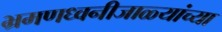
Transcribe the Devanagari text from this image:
भ्रमणध्वनीजाळ्यांच्या